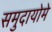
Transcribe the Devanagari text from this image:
समुदायोमे